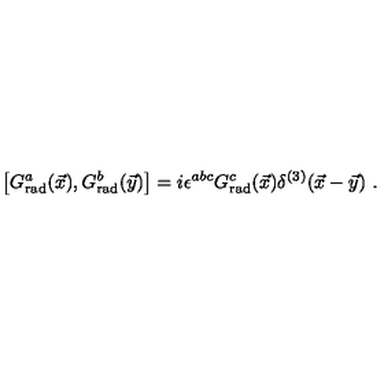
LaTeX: \left[ G _ { \mathrm { r a d } } ^ { a } ( \vec { x } ) , G _ { \mathrm { r a d } } ^ { b } ( \vec { y } ) \right] = i \epsilon ^ { a b c } G _ { \mathrm { r a d } } ^ { c } ( \vec { x } ) \delta ^ { ( 3 ) } ( \vec { x } - \vec { y } ) \ .